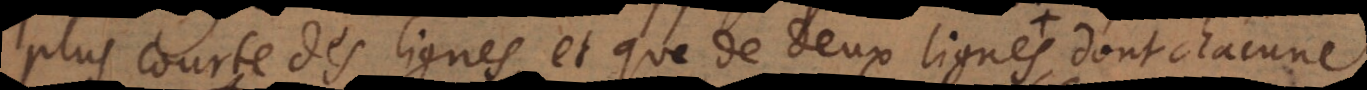
plus courte des lignes, et que de deux lignes, dont chacune